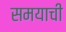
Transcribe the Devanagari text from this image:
समयाची